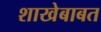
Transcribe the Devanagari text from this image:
शाखेबाबत